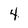
Character: 4